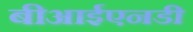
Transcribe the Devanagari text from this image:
बीआईएनडी